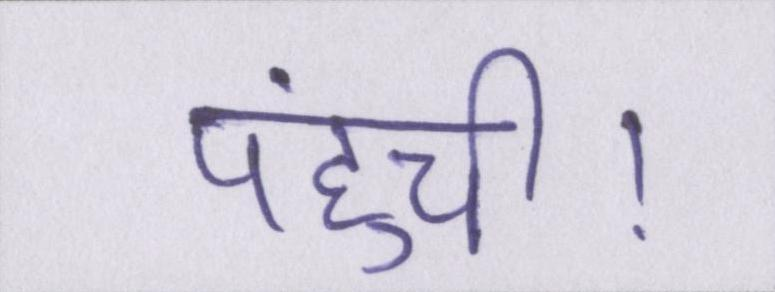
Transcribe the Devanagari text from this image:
पहुंची।